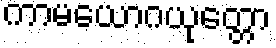
ကာမယောဂယုတ္တော